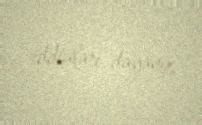
iddiaları dayanır.